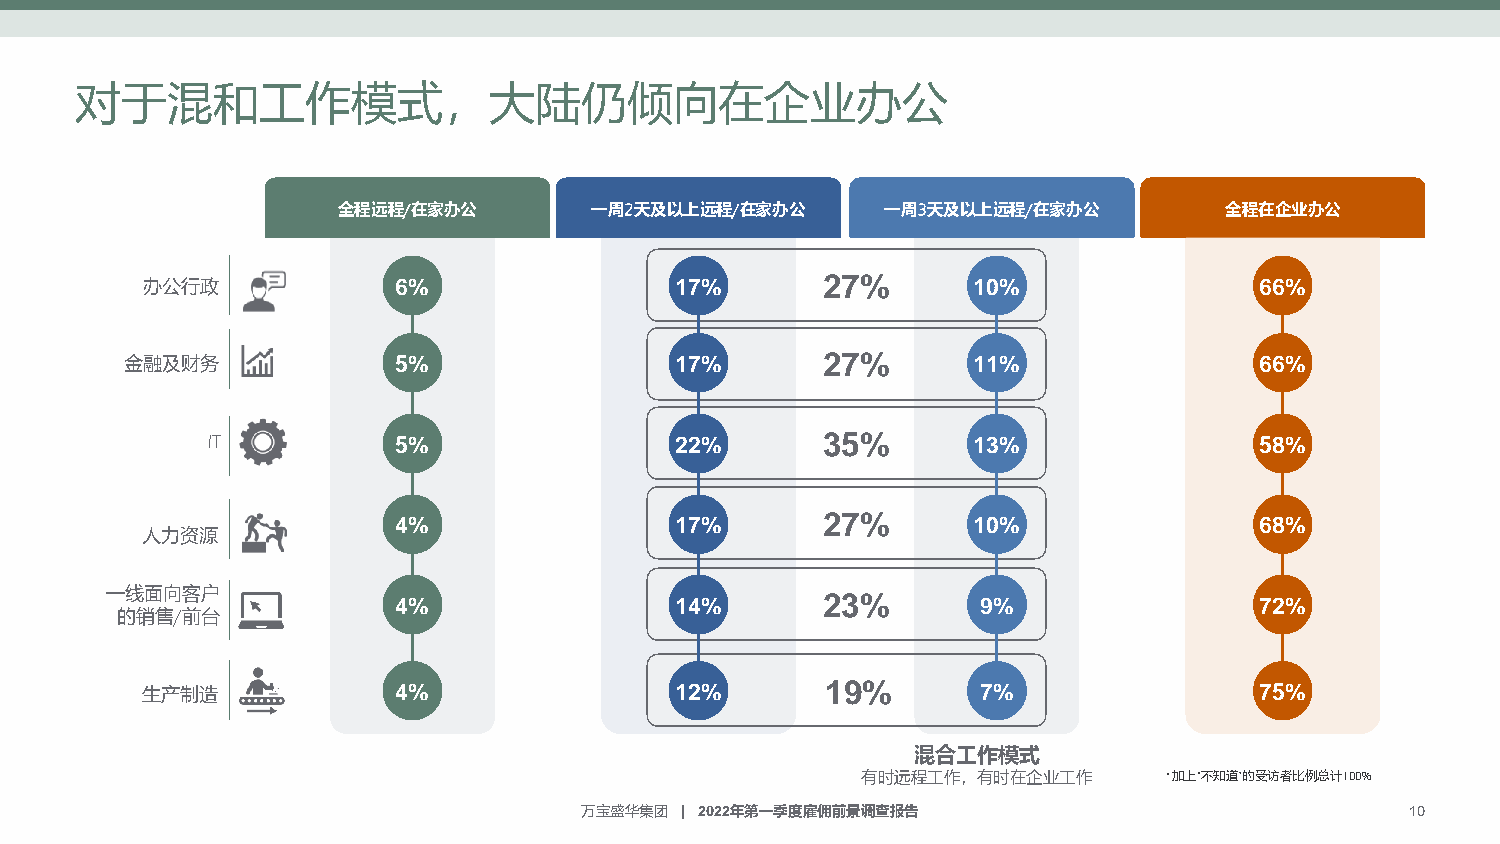
对于混和工作模式，大陆仍倾向在企业办公
 全程远程/在家办公        一周2天及以上远程/在家办公      一周3天及以上远程/在家办公        全程在企业办公
 办公行政             6%                 17%      27%       10%                66%
 金融及财务             5%                 17%      27%       11%                66%
 IT          5%                 22%      35%       13%                58%
 4%                 17%      27%       10%                68%
 人力资源
 一线面向客户             4%                 14%      23%        9%                72%
 的销售/前台
 生产制造             4%                 12%       19%       7%                75%
 混合工作模式
 有时远程工作，有时在企业工作      *加上“不知道”的受访者比例总计100%
 万宝盛华集团 | 2022年第一季度雇佣前景调查报告                             10